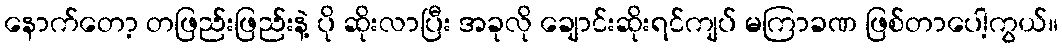
နောက်တော့ တဖြည်းဖြည်းနဲ့ ပို ဆိုးလာပြီး အခုလို ချောင်းဆိုးရင်ကျပ် မကြာခဏ ဖြစ်တာပေါ့ကွယ်။